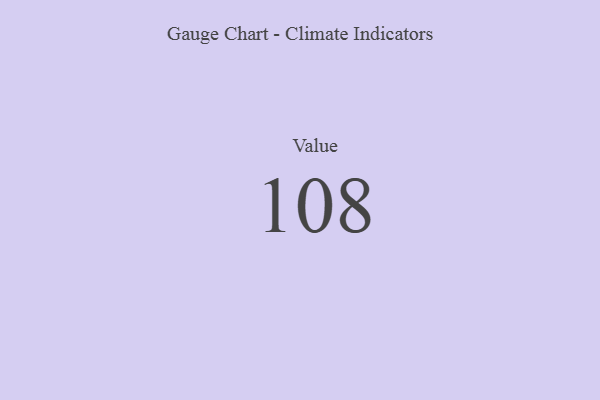
{"axis": {"x": "Metric", "y": "Value"}, "legend": [""], "data": [{"x": "Value", "y": 108, "type": ""}]}